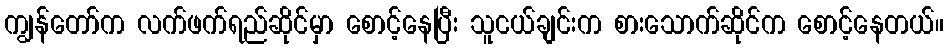
ကျွန်တော်က လက်ဖက်ရည်ဆိုင်မှာ စောင့်နေပြီး သူငယ်ချင်းက စားသောက်ဆိုင်က စောင့်နေတယ်။